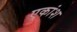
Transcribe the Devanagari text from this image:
एकांश